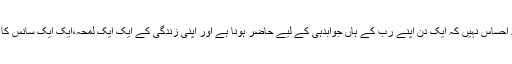
کسی کو ذر ا یہ احساس نہیں کہ ایک دن اپنے رب کے ہاں جوابدہی کے لیے حاضر ہونا ہے اور اپنی زندگی کے ایک ایک لمحہ،ایک ایک سانس کا حساب دینا ہے۔